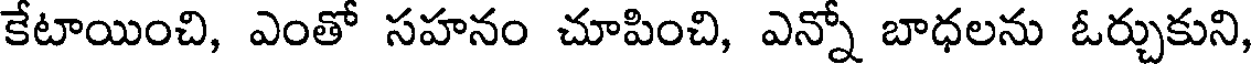
కేటాయించి, ఎంతో సహనం చూపించి, ఎన్నో బాధలను ఓర్చుకుని,